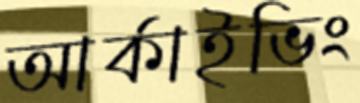
আর্কাইভিং